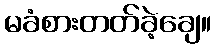
မခံစားတတ်ခဲ့ချေ။